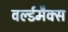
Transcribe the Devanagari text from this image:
वर्ल्डमैक्स